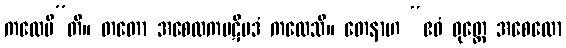
ကထေမီ”တိ။ တတော အစေလကပဋိပဒံ ကထေသိ။ တေနာဟ “ဧဝံ ဝုတ္တေ အစေလော